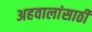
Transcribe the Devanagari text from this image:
अहवालांसाठी